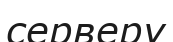
серверу